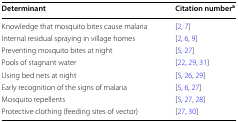
<table><thead><tr><td><b>Determinant</b></td><td><b>Citation number<sup>a</sup></b></td></tr></thead><tbody><tr><td>Knowledge that mosquito bites cause malaria</td><td>[2, 7]</td></tr><tr><td>Internal residual spraying in village homes</td><td>[2, 6, 9]</td></tr><tr><td>Preventing mosquito bites at night</td><td>[5, 27]</td></tr><tr><td>Pools of stagnant water</td><td>[22, 29, 31]</td></tr><tr><td>Using bed nets at night</td><td>[5, 26, 29]</td></tr><tr><td>Early recognition of the signs of malaria</td><td>[5, 6, 27]</td></tr><tr><td>Mosquito repellents</td><td>[5, 27, 28]</td></tr><tr><td>Protective clothing (feeding sites of vector)</td><td>[27, 30]</td></tr></tbody></table>